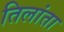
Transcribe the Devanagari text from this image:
तिलांता